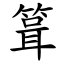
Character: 箿